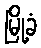
မြို့ခံ